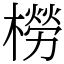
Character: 橯